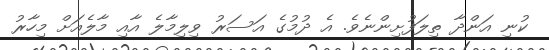
ކުނި އަންދާ ތިލަފުށިންނެވެ. އެ ދުމުގެ އަސަރު ވިލިމާލެ އާއި މާލެއަށް މިހާރު